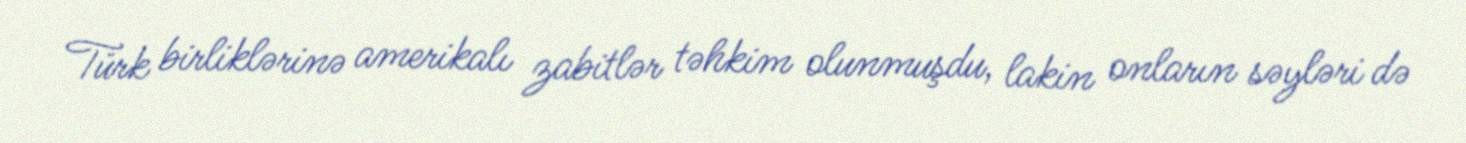
Türk birliklərinə amerikalı zabitlər təhkim olunmuşdu, lakin onların səyləri də